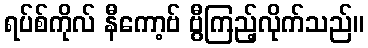
ရပ်စ်ကိုလ် နီကော့ဗ် ဗွီကြည့်လိုက်သည်။